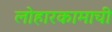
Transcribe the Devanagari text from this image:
लोहारकामाची